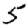
Digit: 5